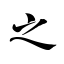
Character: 之